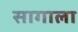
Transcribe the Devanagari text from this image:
सागाला